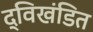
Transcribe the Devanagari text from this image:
द्विखंडित